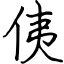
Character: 侇